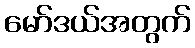
မော်ဒယ်အတွက်